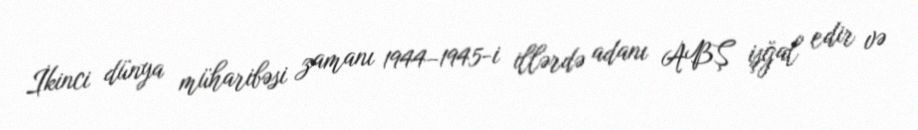
İkinci dünya müharibəsi zamanı 1944–1945-i illərdə adanı ABŞ işğal edir və